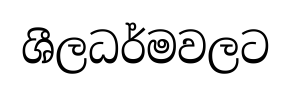
ශීලධර්මවලට